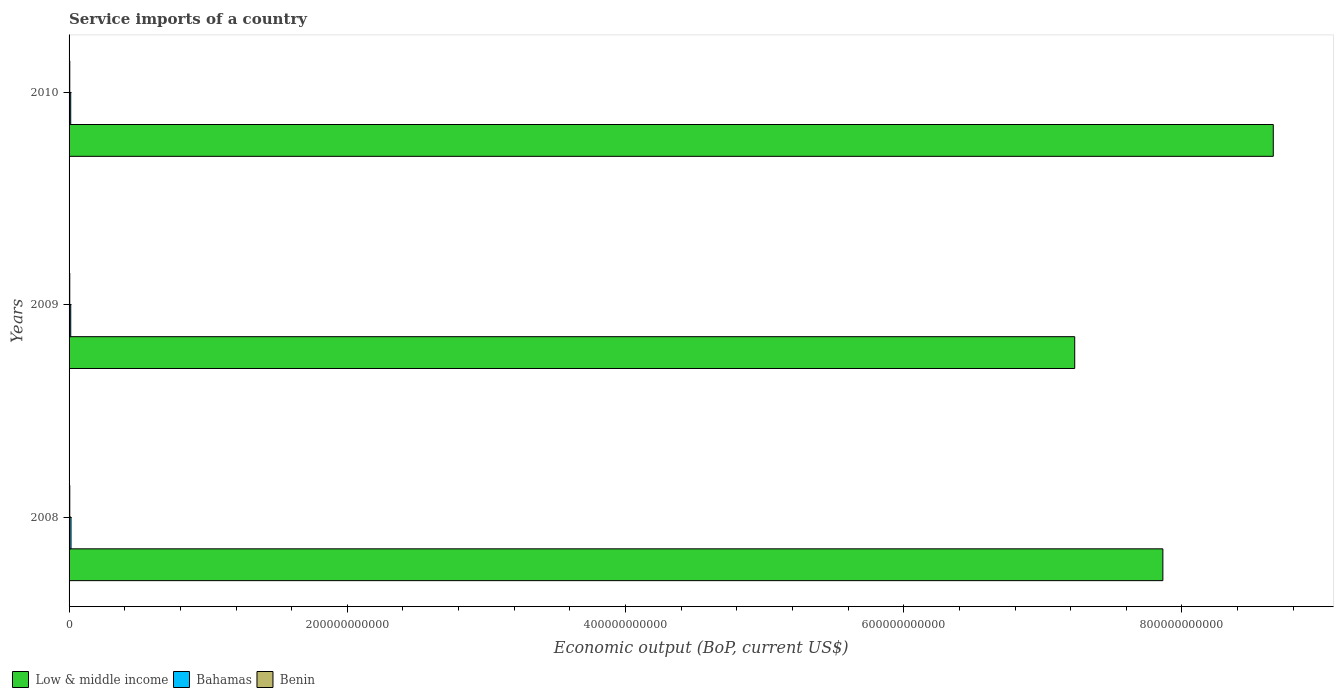
| Years | Low & middle income | Bahamas | Benin |
 | --- | --- | --- | --- |
 | 2008 | 7.86e+11 | 1.4e+09 | 5.1e+08 |
 | 2009 | 7.23e+11 | 1.2e+09 | 4.96e+08 |
 | 2010 | 8.66e+11 | 1.18e+09 | 5.15e+08 |